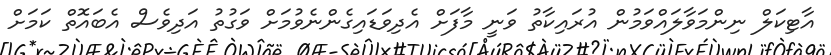
އާޓިކަލް ނިންމަވާލައްވަމުން އުރައިކާތު ވަނީ މާފަށް އެދިވަޑައިގެންނެވުމަށް ވަގުތު އަދިވެސް އެބައޮތް ކަމަށް